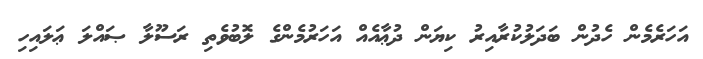
އަހަރެމެން ހެދުން ބަދަލުކުރާއިރު ކިޔަން ދުޢާއެއް އަހަރުމެންގެ ލޮބުވެތި ރަސޫލާ ޞައްލަ ޢަލައިހި